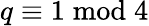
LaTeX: q\equiv 1{\bmod{4}}